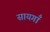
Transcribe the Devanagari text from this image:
सायगाँ